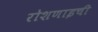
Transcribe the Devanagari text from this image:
रोशणाइची